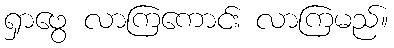
ရှာဖွေ လာကြကောင်း လာကြမည်။